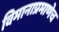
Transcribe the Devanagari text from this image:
विमानाप्रमाणेच